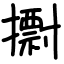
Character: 𢷋